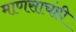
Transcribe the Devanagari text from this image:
माणसाचंही